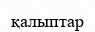
қалыптар